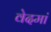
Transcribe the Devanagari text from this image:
वेदमां